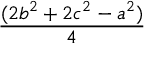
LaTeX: \frac { ( 2 b ^ { 2 } + 2 c ^ { 2 } - a ^ { 2 } ) } { 4 }